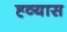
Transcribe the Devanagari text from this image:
ह्व्यास